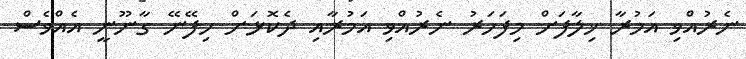
ނެރުއްވި އަމުރާ ޚިލާފަށް މިފަހަރު ނެރުއްވި އަމުރާއި ދެކޮޅަށް ހިފޭނޭ ގާނޫނީ އެއްވެސް